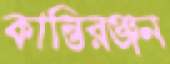
কান্তিরঞ্জন